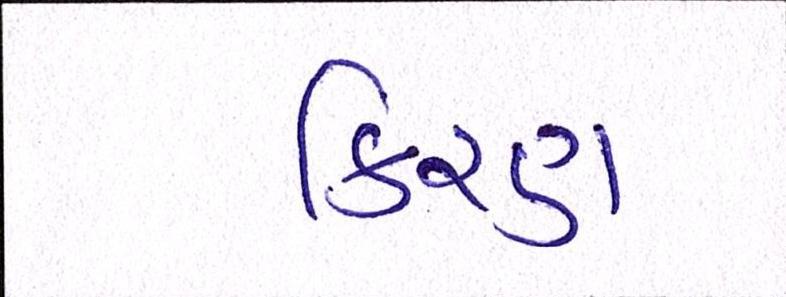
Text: કિરણ